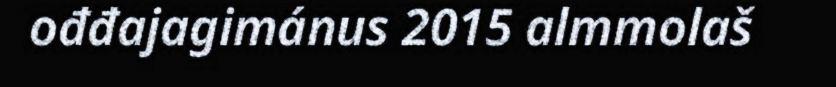
ođđajagimánus 2015 almmolaš